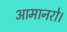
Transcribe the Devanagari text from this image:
आमानरो।